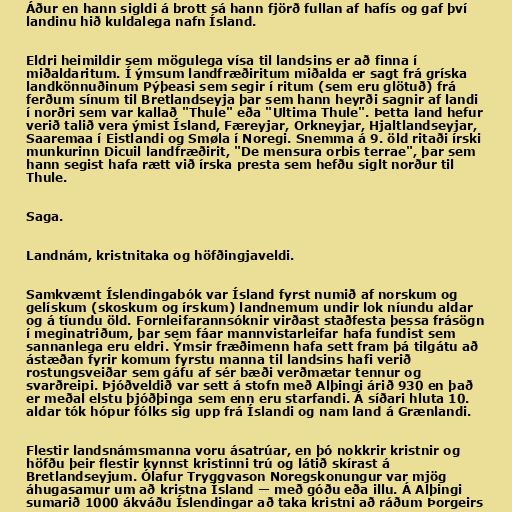
Áður en hann sigldi á brott sá hann fjörð fullan af hafís og gaf því
landinu hið kuldalega nafn Ísland.

Eldri heimildir sem mögulega vísa til landsins er að finna í
miðaldaritum. Í ýmsum landfræðiritum miðalda er sagt frá gríska
landkönnuðinum Pýþeasi sem segir í ritum (sem eru glötuð) frá
ferðum sínum til Bretlandseyja þar sem hann heyrði sagnir af landi
í norðri sem var kallað "Thule" eða "Ultima Thule". Þetta land hefur
verið talið vera ýmist Ísland, Færeyjar, Orkneyjar, Hjaltlandseyjar,
Saaremaa í Eistlandi og Smøla í Noregi. Snemma á 9. öld ritaði írski
munkurinn Dicuil landfræðirit, "De mensura orbis terrae", þar sem
hann segist hafa rætt við írska presta sem hefðu siglt norður til
Thule.

Saga.

Landnám, kristnitaka og höfðingjaveldi.

Samkvæmt Íslendingabók var Ísland fyrst numið af norskum og
gelískum (skoskum og írskum) landnemum undir lok níundu aldar
og á tíundu öld. Fornleifarannsóknir virðast staðfesta þessa frásögn
í meginatriðum, þar sem fáar mannvistarleifar hafa fundist sem
sannanlega eru eldri. Ýmsir fræðimenn hafa sett fram þá tilgátu að
ástæðan fyrir komum fyrstu manna til landsins hafi verið
rostungsveiðar sem gáfu af sér bæði verðmætar tennur og
svarðreipi. Þjóðveldið var sett á stofn með Alþingi árið 930 en það
er meðal elstu þjóðþinga sem enn eru starfandi. Á síðari hluta 10.
aldar tók hópur fólks sig upp frá Íslandi og nam land á Grænlandi.

Flestir landsnámsmanna voru ásatrúar, en þó nokkrir kristnir og
höfðu þeir flestir kynnst kristinni trú og látið skírast á
Bretlandseyjum. Ólafur Tryggvason Noregskonungur var mjög
áhugasamur um að kristna Ísland — með góðu eða illu. Á Alþingi
sumarið 1000 ákváðu Íslendingar að taka kristni að ráðum Þorgeirs